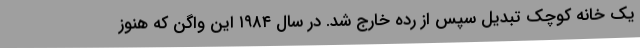
یک خانه کوچک تبدیل سپس از رده خارج شد. در سال ۱۹۸۴ این واگن که هنوز